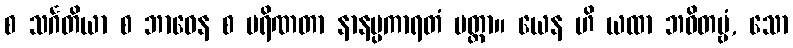
စ သင်္ဂတိယာ စ ဘာဝေန စ ပရိဏတာ နာနပ္ပကာရတံ ပတ္တာ။ ယေန ဟိ ယထာ ဘဝိတဗ္ဗံ, သော